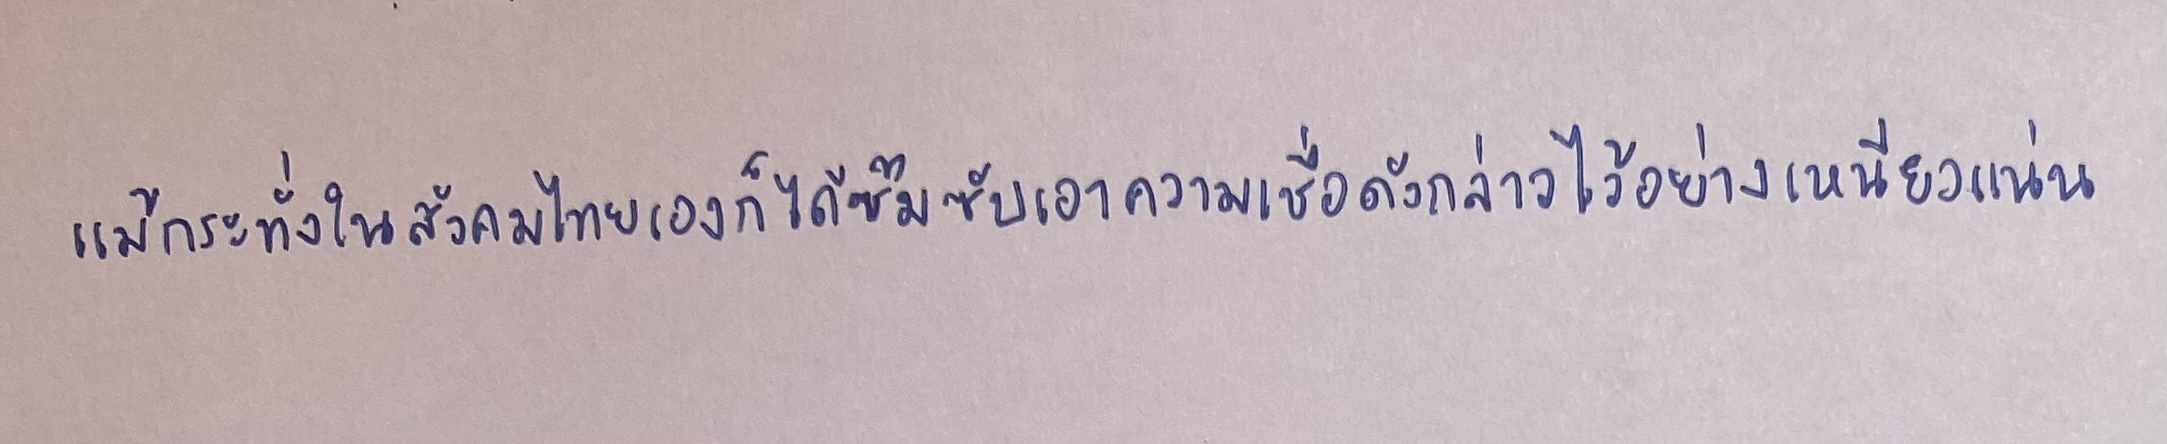
แม้กระทั่งในสังคมไทยเองก็ได้ซึมซับเอาความเชื่อดังกล่าวไว้อย่างเหนียวแน่น